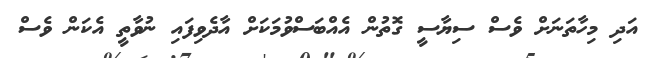
އަދި މިހާތަނަށް ވެސް ސިޔާސީ ގޮތުން އެއްބަސްވުމަކަށް އާދެވިފައި ނުވާތީ އެކަން ވެސް